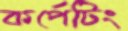
কর্পেটিং